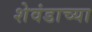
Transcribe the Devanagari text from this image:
शेवंडाच्या